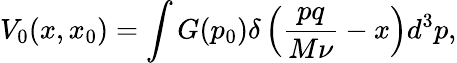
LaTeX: V_{0}(x,x_{0})=\int G(p_{0})\delta\left(\frac{pq}{M\nu}-x\right)d^{3}p,